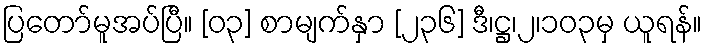
ပြတော်မူအပ်ပြီ။ [၀၃] စာမျက်နှာ [၂၃၆] ဒီ၊ဋ္ဌ၊၂၊၁၀၃မှ ယူရန်။